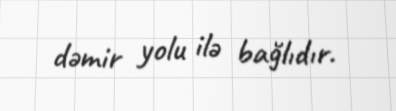
dəmir yolu ilə bağlıdır.